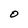
Character: 0